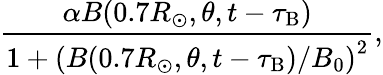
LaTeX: \frac{\alpha{B}(0.7R_{\odot},\theta,t-\tau_{\mathrm{B}})}{1+\left({{B}(0.7R_{\odot},\theta,t-\tau_{\mathrm{B}})}/{B_{0}}\right)^{2}},